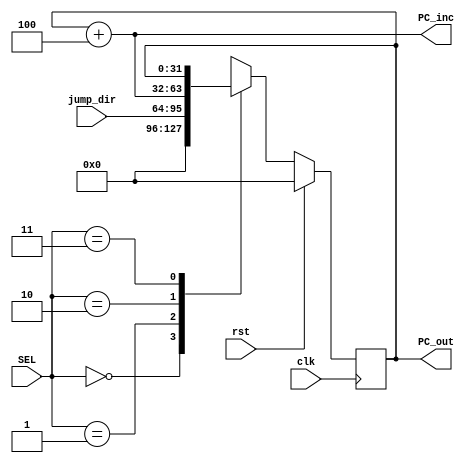
module PC (input clk, rst,
           input [1:0] SEL,
           input [31:0] jump_dir,
           output [31:0] PC_out,
           output [31:0] PC_inc);   
              
reg [31:0] Current_Count;
reg [31:0] Next_Count;

always @(posedge clk) begin
    if (rst) begin
        Current_Count<=0;
    end
    else  Current_Count<=Next_Count;
    
end
always @(*) begin
     case (SEL)
        0:Next_Count=0;
        1:Next_Count=jump_dir;
        2:Next_Count=Current_Count+4;
        3:Next_Count=Current_Count;          
    endcase
end
assign PC_out=Current_Count;
assign PC_inc=Current_Count+4;
endmodule